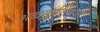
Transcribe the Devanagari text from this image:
शब्दसारिणियाँ